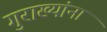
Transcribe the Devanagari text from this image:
गुराख्यांना